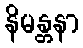
နိမန္တနာ